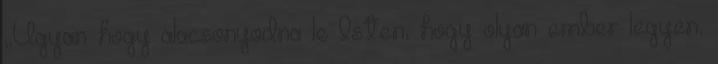
„Ugyan hogy alacsonyodna le Isten, hogy olyan ember legyen,